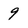
Character: 9